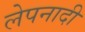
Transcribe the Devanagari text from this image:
लेपनादी